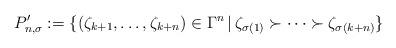
LaTeX: \begin{align*}P'_{n,\sigma}:=\{(\zeta_{k+1},\dots,\zeta_{k+n})\in\Gamma^n\,|\, \zeta_{\sigma(1)}\succ \dots \succ\zeta_{\sigma(k+n)}\}\end{align*}